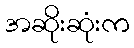
အဆိုးဆုံးက